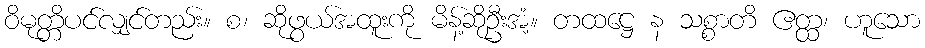
ဝိမုတ္တိပင်လျှင်တည်း။ စ၊ ဆိုဖွယ်အထူးကို မိန့်ဆိုဦးအံ့။ တထဋ္ဌေ န သစ္စာတိ ဧတ္ထ၊ ဟူသော